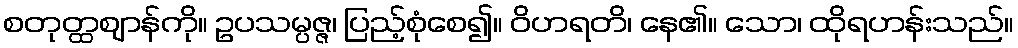
စတုတ္ထဈာန်ကို။ ဥပသမ္ပဇ္ဇ၊ ပြည့်စုံစေ၍။ ဝိဟရတိ၊ နေ၏။ သော၊ ထိုရဟန်းသည်။